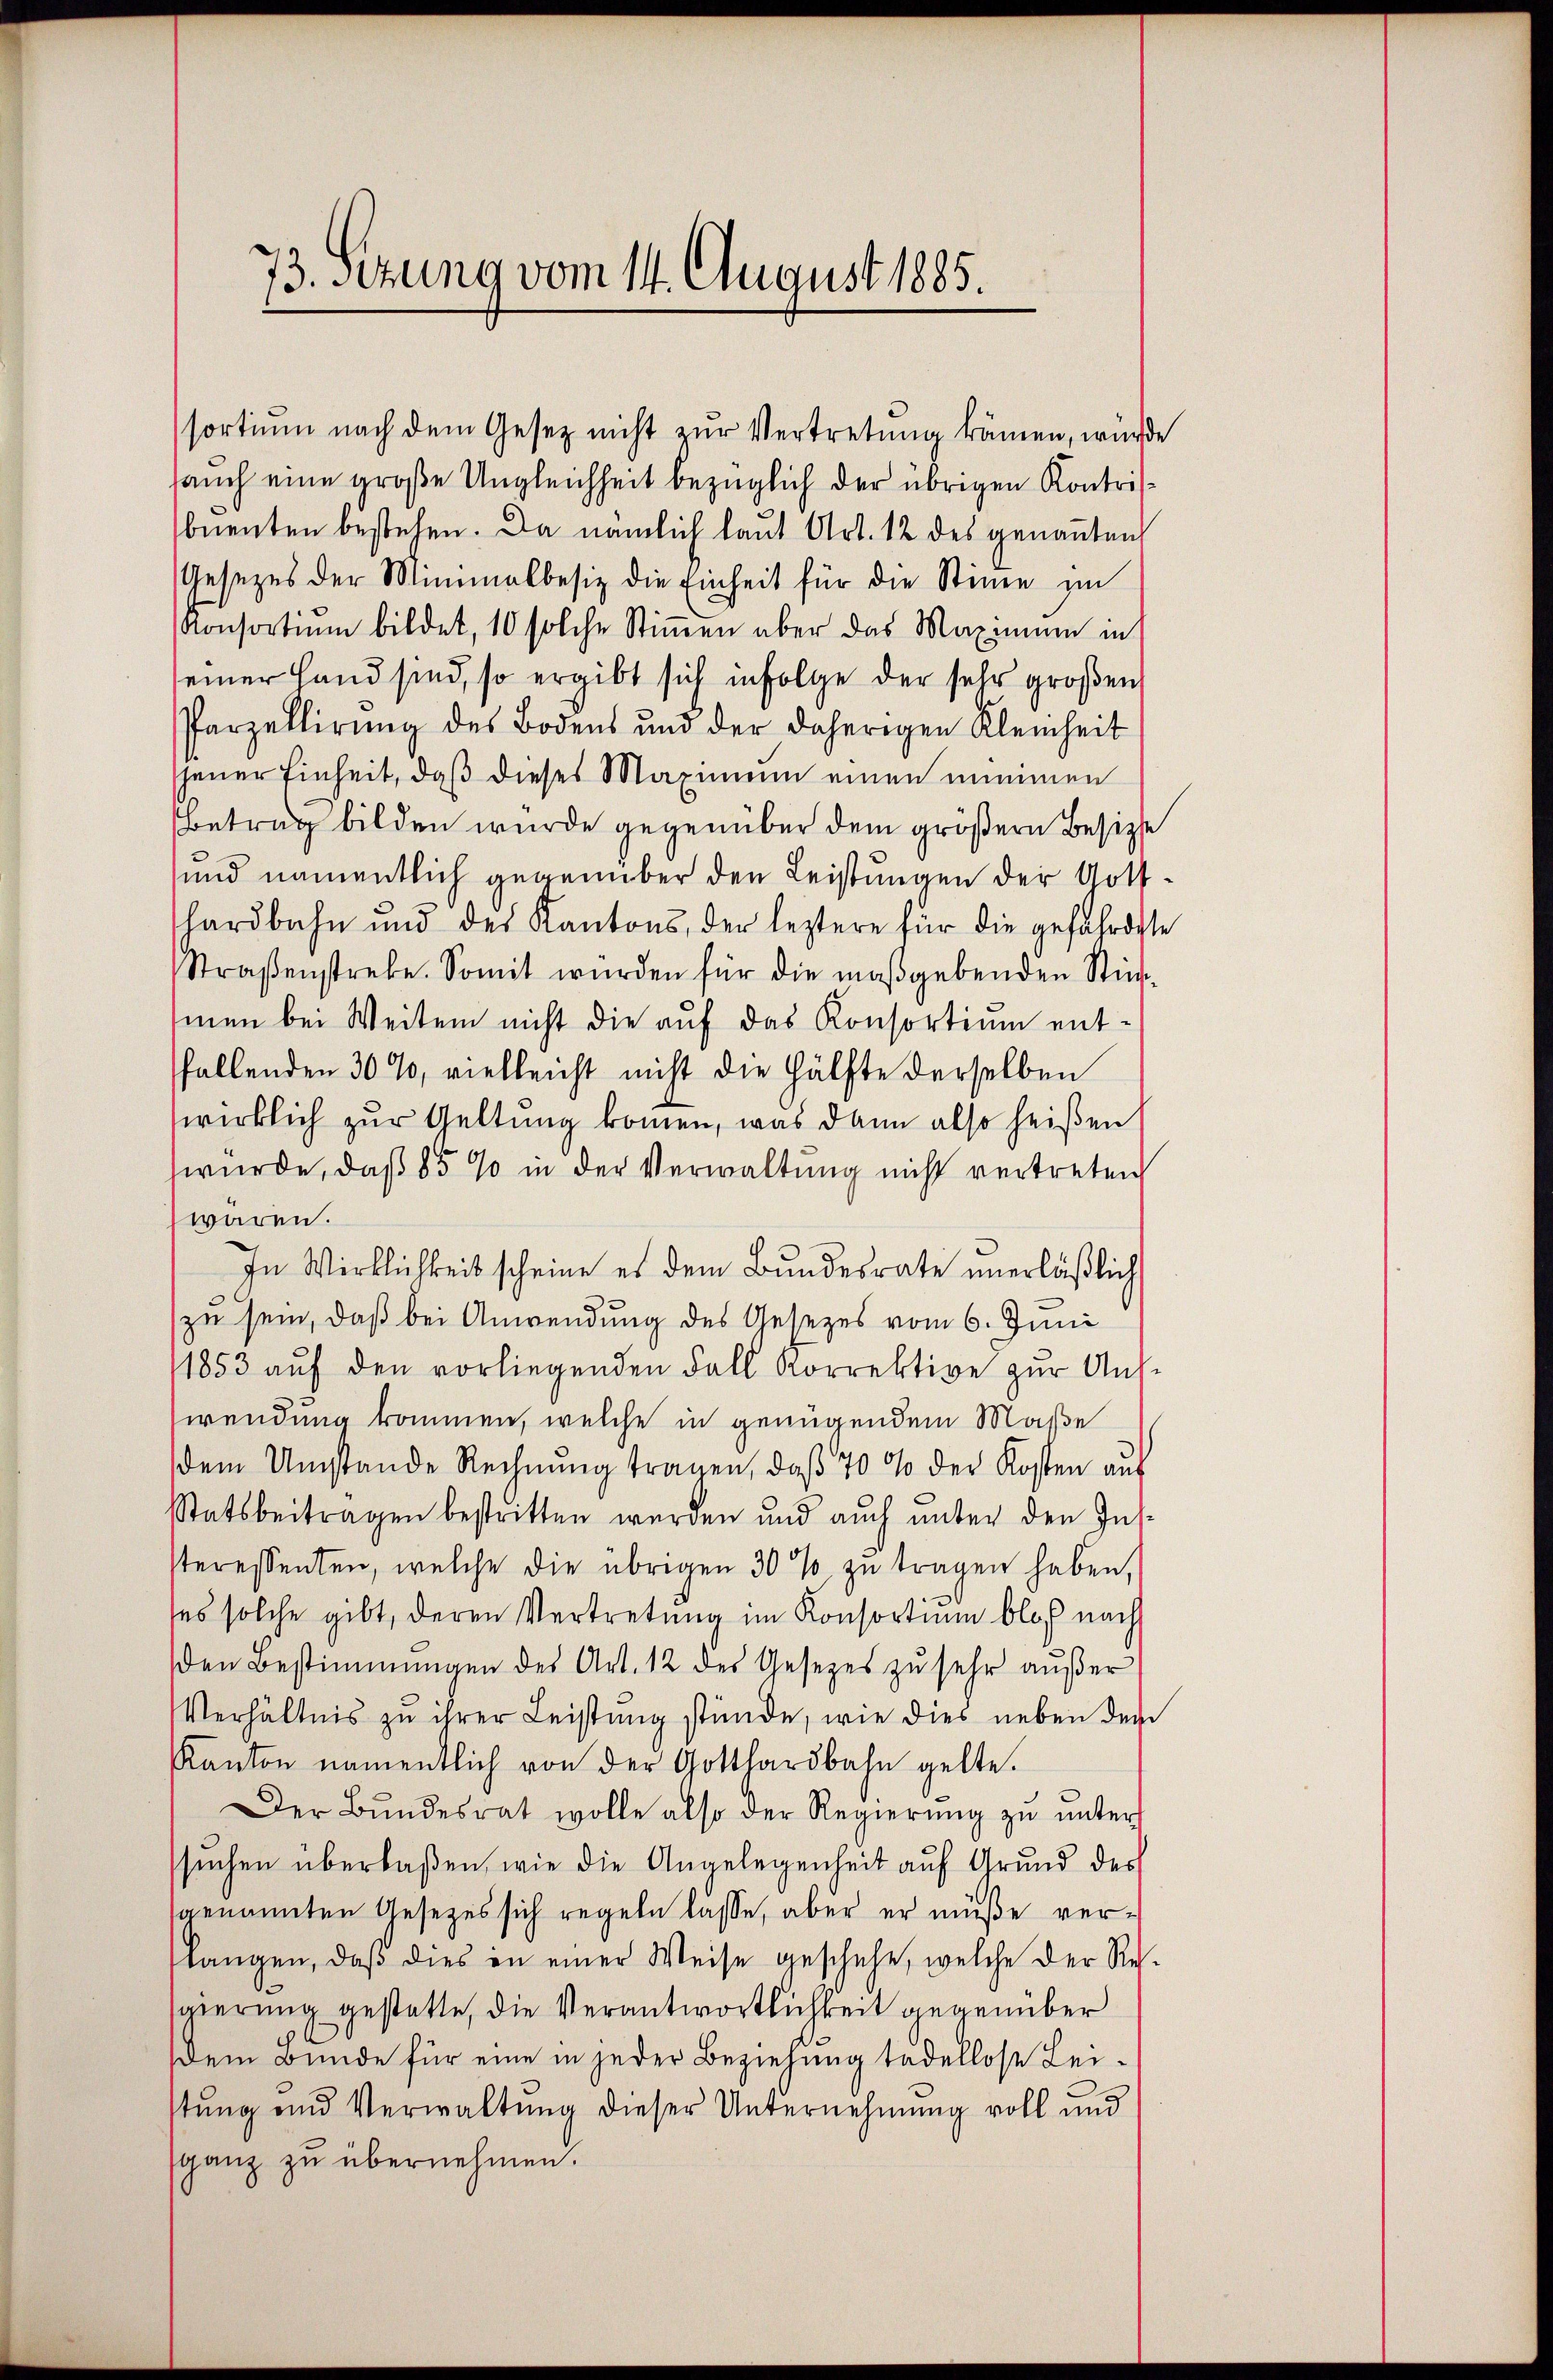
73. Sitzung vom 14. August 1885.

sortium nach dem Gesetz nicht zur Vertretung kämen, würde
sauch eine große Ungleichheit bezüglich der übrigen Kontrisbuenten bestehen. Da nämlich laut Art. 12 des genannten
Gesetzes der Minimalbesitz die Einheit für die Stimme im
Konsortium bildet, 10 solche Stimen aber das Maximum in
seiner Hand sind, so ergibt sich infolge der sehr großen
Parzellirung des Bodens und der daherigen Kleinheit
jener Einheit, daß dieses Maximum einen nimmen
Betrag bilden wurde gegenüber dem größern Besizte
und namentlich gegenüber den Leistungen der Gothhardbahn und des Kantons, der leztere für die gefährdete
Straßenstreke. Somit wurden für die maßgebenden Stimmen bei Weiten nicht die auf das Konsortium entfallenden 30 %, vielleicht nicht die Hälfte derselben
wirklich zur Geltung kommen, was dann also heißen
wurde, daß 85 % in der Verwaltung nicht vertreten,
waren.
In Wirklichkeit scheine er dem Bundesrate unerläßlich
zu sein, daß bei Anwendung des Gesezes vom 6. Juni
1853 aŭf den vorliegenden Fall Korrektive zur Ans
wendung kommen, welche in genügendem Maße
dem Umstande Rechnŭng tragen, daβ 70 % der Kosten aŭs
Statsbeitragen bestritten werden und auch unter den Inssteressenten, welche die übrigen 30% zŭ tragen haben,
ses solche gibt, deren Vertretung im Konsortium bloß nach
den Bestimmungen des Art. 12 des Gesetzes zu sehr außer
Verhältnis zu ihrer Leistung stünde, wie dies neben dem
Kanton namentlich von der Gotthardbahn gelte.
Der Bŭndesrat wolle also der Regierŭng zŭ ŭnter
sŭchen überlaßen, wie die Angelegenheit auf Grund des
genannten Gesezes sich regeln lasse, aber er müße verlangen, daβ dies in einer Weise geschehe, welche der Re-
gierung gestatte, die Verantwortlichkeit gegenüber
dem Bunde für eine in jeder Beziehung tadellose Leistung und Verwaltung dieser Unternehmung voll und
ganz zu übernehmen.